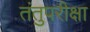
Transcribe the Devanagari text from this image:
तंतुपरीक्षा